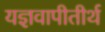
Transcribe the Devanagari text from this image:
यज्ञवापीतीर्थ